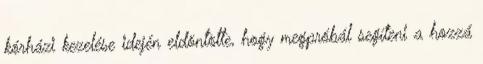
kórházi kezelése idején eldöntötte, hogy megpróbál segíteni a hozzá